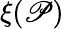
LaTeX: \xi(\mathscr{P})